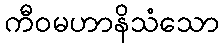
ကီဝမဟာနိသံသော